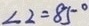
\angle 2 = 8 5 ^ { \circ }